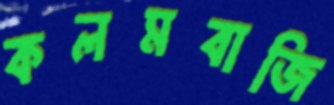
কলমবাজি